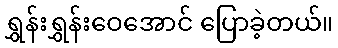
ရွှန်းရွှန်းဝေအောင် ပြောခဲ့တယ်။